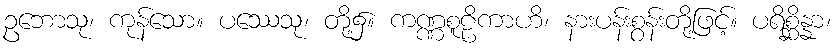
ဥဘောသု၊ ကုန်သော။ ပဿေသု၊ တို့၌။ ကဏ္ဏစူဠိကာဟိ၊ နားပန်းစွန်းတို့ဖြင့်။ ပရိစ္ဆိန္နာ၊